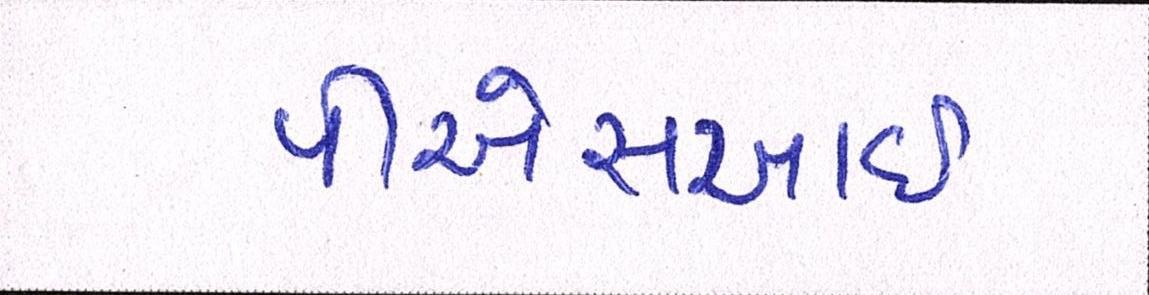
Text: પીએસઆઈ